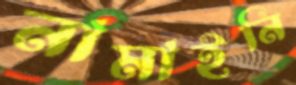
নামাইনি